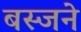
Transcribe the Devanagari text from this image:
बस्जने